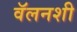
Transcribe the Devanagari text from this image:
वॅलनशी